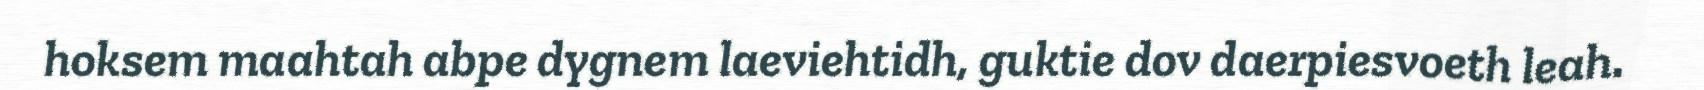
hoksem maahtah abpe dygnem laeviehtidh, guktie dov daerpiesvoeth leah.